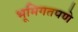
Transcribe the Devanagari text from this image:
भूमिगतपणे